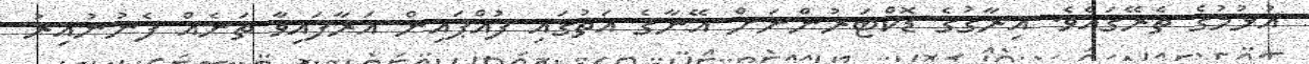
އުޅުމުގެ ތެރޭގައެވެ. އިރާޤުގެ ޑޮކްޓަރުންނަށް އޭނާގެ އަތުގައި ފުއްޕައިން އަރާފައިވާ ތަނެއް ފެނުނުއިރު